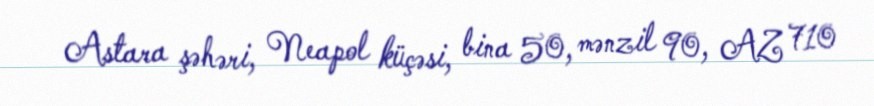
Astara şəhəri, Neapol küçəsi, bina 50, mənzil 90, AZ 710